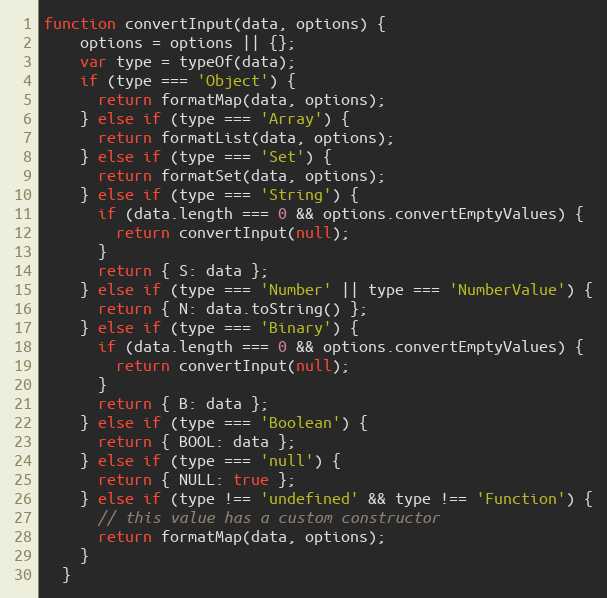
Language: JavaScript
function convertInput(data, options) {
    options = options || {};
    var type = typeOf(data);
    if (type === 'Object') {
      return formatMap(data, options);
    } else if (type === 'Array') {
      return formatList(data, options);
    } else if (type === 'Set') {
      return formatSet(data, options);
    } else if (type === 'String') {
      if (data.length === 0 && options.convertEmptyValues) {
        return convertInput(null);
      }
      return { S: data };
    } else if (type === 'Number' || type === 'NumberValue') {
      return { N: data.toString() };
    } else if (type === 'Binary') {
      if (data.length === 0 && options.convertEmptyValues) {
        return convertInput(null);
      }
      return { B: data };
    } else if (type === 'Boolean') {
      return { BOOL: data };
    } else if (type === 'null') {
      return { NULL: true };
    } else if (type !== 'undefined' && type !== 'Function') {
      // this value has a custom constructor
      return formatMap(data, options);
    }
  }